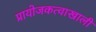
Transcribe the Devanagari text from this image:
प्रायोजकत्वाखाली